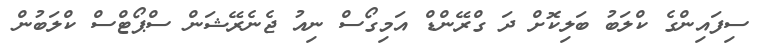
ސިފައިންގެ ކްލަބު ބަލިކޮށް ދަ ގްރޭންޑް އަމިގޯސް ނިއު ޖެނެރޭޝަން ސްޕޯޓްސް ކްލަބުން